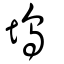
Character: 塢